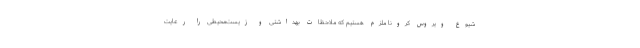
شیوع ویروس کرونا ملزم هستیم که ملاحظات بهداشتی و زیست‌محیطی را رعایت